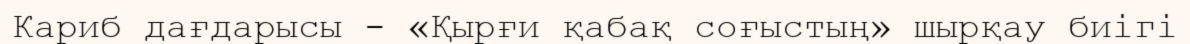
Кариб дағдарысы - «Қырғи қабақ соғыстың» шырқау биігі